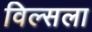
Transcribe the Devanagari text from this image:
विल्सला